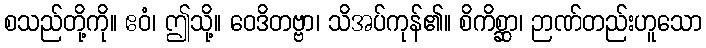
စသည်တို့ကို။ ဧဝံ၊ ဤသို့။ ဝေဒိတဗ္ဗာ၊ သိအပ်ကုန်၏။ စိကိစ္ဆာ၊ ဉာဏ်တည်းဟူသော